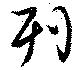
刊